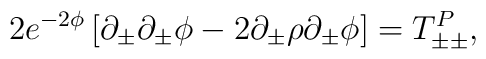
2 e^{-2\phi} \left[ \partial_\pm \partial_\pm \phi  - 2 \partial_\pm \rho \partial_\pm \phi \right] = T_{\pm\pm}^P,